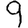
Digit: 9